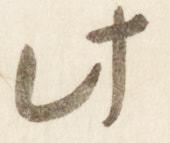
此